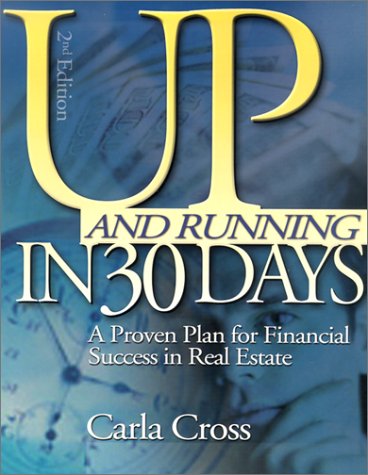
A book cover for Up and Running in 30 Days: A Proven Plan for Financial Success in Real Estate; Carla Cross; Business & Money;